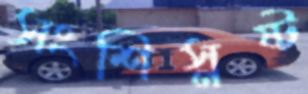
সংশিস্নষ্ট